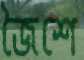
জৈশে